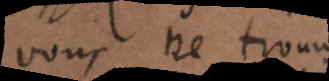
vous ne trouvez